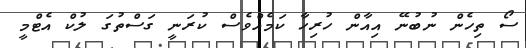
ސޯ ތިހެން ނުބުނޭ އިއާން ހުރިހާ ކަމެއްވެސް ކުރަނީ ގަސްތުގަ ލުކް އެޓްމީ